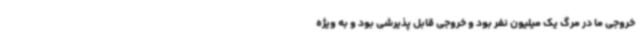
خروجی ما در مرگ یک میلیون نفر بود و خروجی قابل پذیرشی بود و به ویژه